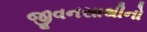
જીવનસાથીનો